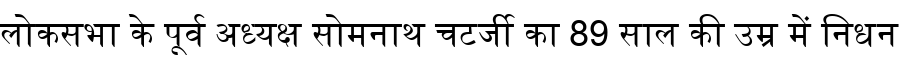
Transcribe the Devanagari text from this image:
लोकसभा के पूर्व अध्यक्ष सोमनाथ चटर्जी का 89 साल की उम्र में निधन